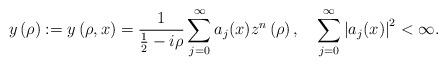
LaTeX: \begin{align*}y\left( \rho\right) :=y\left( \rho,x\right) =\frac{1}{\frac{1}{2}-i\rho}\sum_{j=0}^{\infty}a_{j}(x)z^{n}\left( \rho\right) ,\quad\sum_{j=0}^{\infty}\left\vert a_{j}(x)\right\vert ^{2}<\infty. \end{align*}